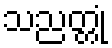
သညတ္တုံ